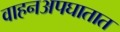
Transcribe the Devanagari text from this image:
वाहनअपघातात